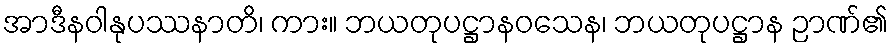
အာဒီနဝါနုပဿနာတိ၊ ကား။ ဘယတုပဋ္ဌာနဝသေန၊ ဘယတုပဋ္ဌာန ဉာဏ်၏